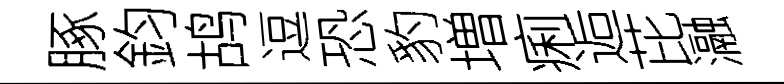
䐁鈞鸪逗恐豹増痢逅芘瀜